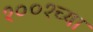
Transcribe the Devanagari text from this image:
१००१च्या